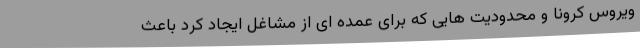
ویروس کرونا و محدودیت هایی‌ که برای عمده ای از مشاغل ایجاد کرد باعث